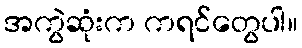
အကွဲဆုံးက ကရင်တွေပါ။